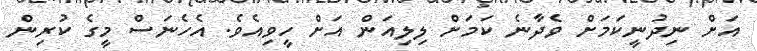
އަށް ނިދުނީކަމަށް ވެދާނެ ކަމަށް ލިލިއަން އަށް ހީވިއެވެ. އެހެނަސް މީގެ ކުރިން